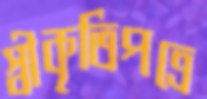
স্বীকৃতিপত্রে